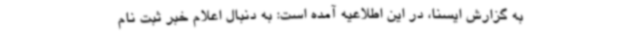
به گزارش ایسنا، در این اطلاعیه آمده است: به دنبال اعلام خبر ثبت نام